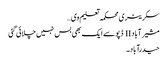
سکریٹری محکمہ تعلیم وی …
مشیرآباد II ڈپو سے ایک بھی بس نہیں چلائی گئی
حیدرآباد۔